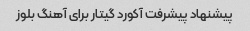
پیشنهاد پیشرفت آکورد گیتار برای آهنگ بلوز